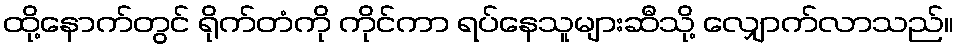
ထို့နောက်တွင် ရိုက်တံကို ကိုင်ကာ ရပ်နေသူများဆီသို့ လျှောက်လာသည်။